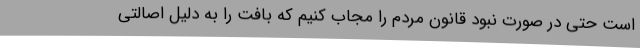
است حتی در صورت نبود قانون مردم را مجاب کنیم که بافت را به دلیل اصالتی